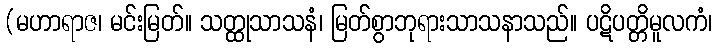
(မဟာရာဇ၊ မင်းမြတ်။ သတ္ထုသာသနံ၊ မြတ်စွာဘုရားသာသနာသည်။ ပဋိပတ္တိမူလကံ၊